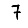
Digit: 7